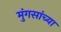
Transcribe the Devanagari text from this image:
मुंगसांच्या